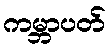
ကမ္ဘာပတ်